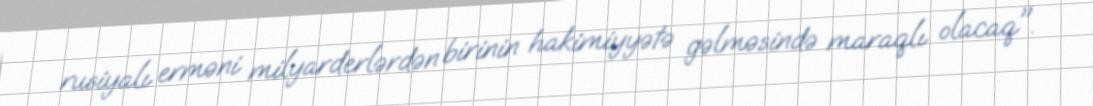
rusiyalı erməni milyarderlərdən birinin hakimiyyətə gəlməsində maraqlı olacaq".